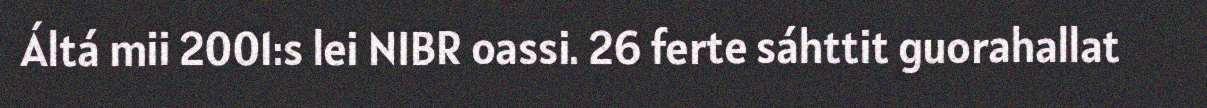
Áltá mii 2001:s lei NIBR oassi. 26 ferte sáhttit guorahallat